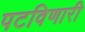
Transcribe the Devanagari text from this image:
पटविणारी